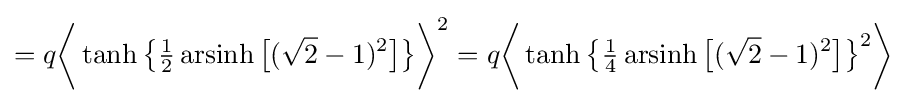
=q{\biggl \langle }\operatorname {tanh} {\bigl \{}{\tfrac {1}{2}}\operatorname {arsinh} {\bigl [}({\sqrt {2}}-1)^{2}{\bigr ]}{\bigr \}}{\biggr \rangle }^{2}=q{\biggl \langle }\operatorname {tanh} {\bigl \{}{\tfrac {1}{4}}\operatorname {arsinh} {\bigl [}({\sqrt {2}}-1)^{2}{\bigr ]}{\bigr \}}^{2}{\biggr \rangle }